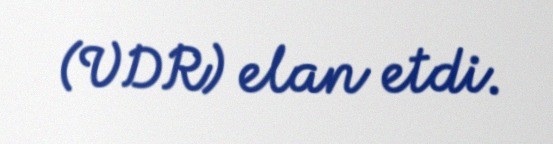
(VDR) elan etdi.